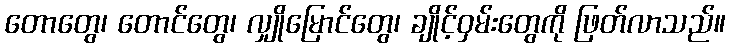
တောတွေ၊ တောင်တွေ၊ လျှိုမြောင်တွေ၊ ချိုင့်ဝှမ်းတွေကို ဖြတ်လာသည်။